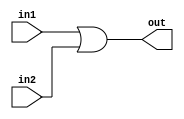
module  OR32Bit(out, in1, in2);
  input [31:0]  in1, in2;
  output  [31:0]  out;
  assign  {out} = in1 | in2;
endmodule

module  OR32TestBench;
  reg [31:0]  in1, in2;
  wire  [31:0]  out;
  OR32Bit  ORGate(out, in1, in2);
  initial begin
    $monitor($time, " Input1 = %b, Input2 = %b, Output = %b.", in1, in2, out);
    #0  in1 =  32'hA5A5;  in2 = 32'h5A5A;
    #100  in1 = 32'h5A5A;
    #200  $finish;
  end
endmodule